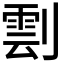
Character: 𠟙